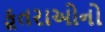
કૂતરાઓનો